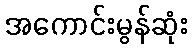
အကောင်းမွန်ဆုံး